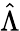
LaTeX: \hat{\Lambda}